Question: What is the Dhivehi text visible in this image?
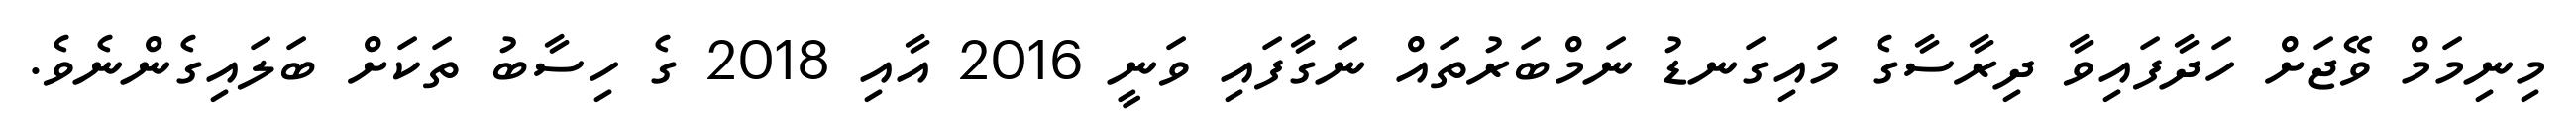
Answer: މިނިމަމް ވޭޖަށް ހަދާފައިވާ ދިރާސާގެ މައިގަނޑު ނަމްބަރުތައް ނަގާފައި ވަނީ 2016 އާއި 2018 ގެ ހިސާބު ތަކަށް ބަލައިގެންނެވެ.